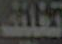
تغليف